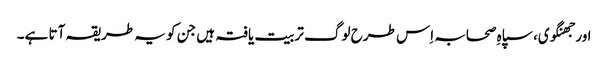
اور جھنگوی، سپاہِ صحابہ اِس طرح لوگ تربیت یافتہ ہیں جن کو یہ طریقہ آتا ہے۔